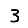
Digit: 3